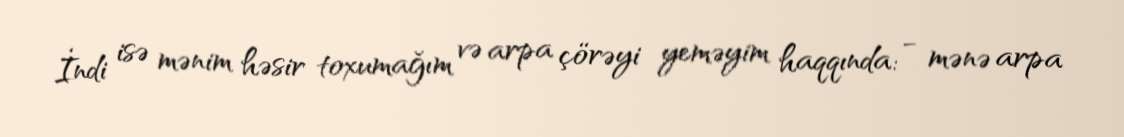
İndi isə mənim həsir toxumağım və arpa çörəyi yeməyim haqqında: − mənə arpa